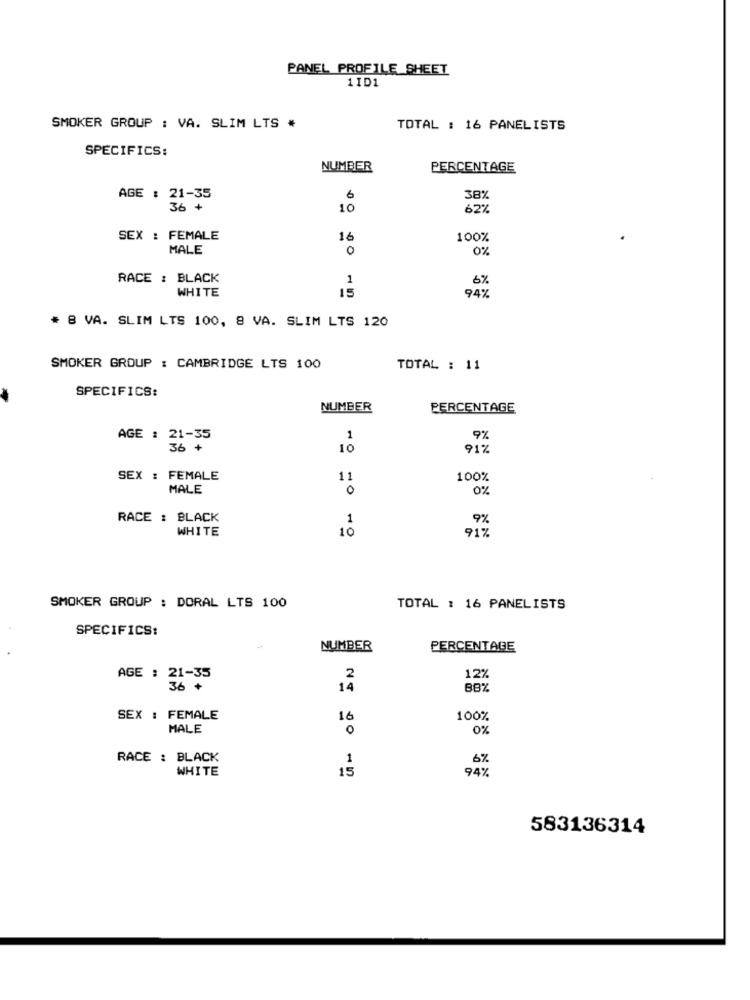
PANEL PROFILE SHEET
1ID1
SMOKER GROUP : VA. SLIM LTS *
TOTAL : 16 PANELISTS
SPECIFICS:
NUMBER
PERCENTAGE
AGE : 21-35
6
38%
36 +
10
62%
SEX : FEMALE
16
100%
MALE
0
0%
RACE : BLACK
1
6%
WHITE
15
94%
# 8 VA. SLIM LTS 100, 8 VA. SLIM LTS 120
SMOKER GROUP : CAMBRIDGE LTS 100
TOTAL : 11
SPECIFICS:
NUMBER
PERCENTAGE
AGE : 21-35
1
9%
36 +
10
91%
SEX : FEMALE
11
100%
MALE
0
0%
RACE : BLACK
1
9%
WHITE
10
91%
SMOKER GROUP : DORAL LTS 100
TOTAL : 16 PANELISTS
SPECIFICS:
NUMBER
PERCENTAGE
AGE : 21-35
2
12%
36 +
14
88%
SEX : FEMALE
16
100%
MALE
0%
RACE : BLACK
.1
6%
WHITE
15
94%
583136314